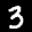
Label: 3